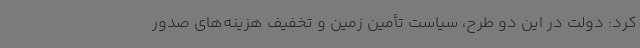
کرد: دولت در این دو طرح، سیاست تأمین زمین و تخفیف هزینه‌های صدور